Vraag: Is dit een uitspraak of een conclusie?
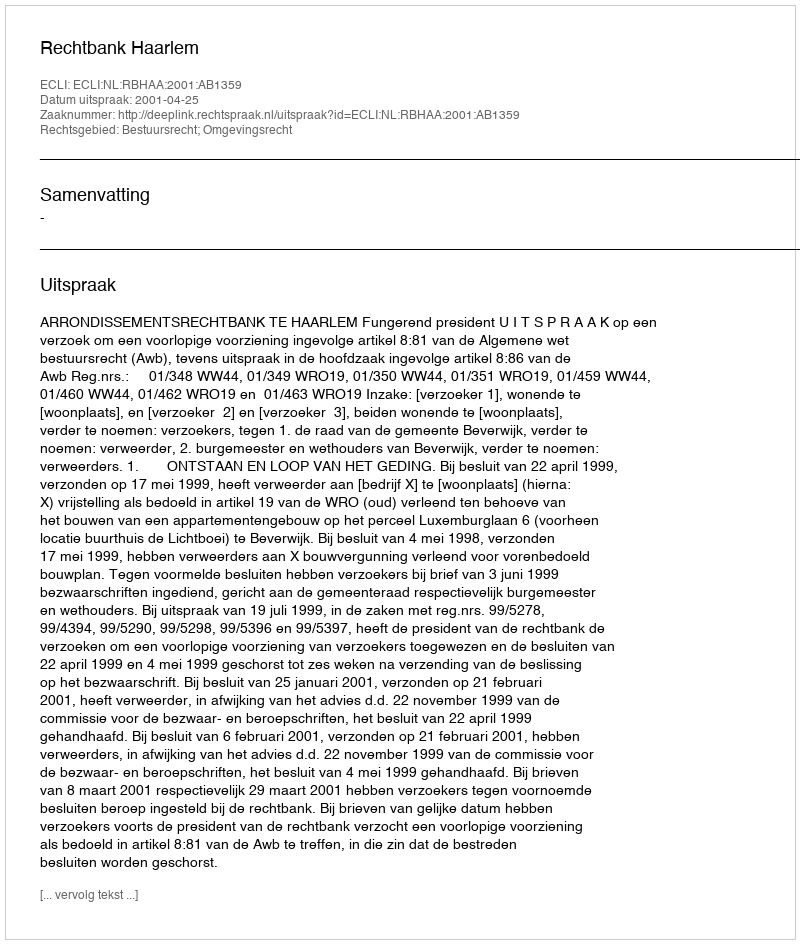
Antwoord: Uitspraak